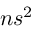
{ n } s ^ { 2 }